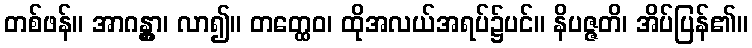
တစ်ဖန်။ အာဂန္တွာ၊ လာ၍။ တတ္ထေဝ၊ ထိုအလယ်အရပ်၌ပင်။ နိပဇ္ဇတိ၊ အိပ်ပြန်၏။